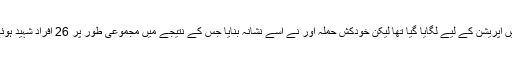
پولیس اہلکاروں کا یہ کیمپ سبزی منڈی میں آپریشن کے لیے لگایا گیا تھا لیکن خودکش حملہ آور نے اسے نشانہ بنایا جس کے نتیجے میں مجموعی طور پر 26 افراد شہید ہوئے جن میں 9 پولیس اہلکار بھی شامل تھے۔